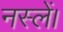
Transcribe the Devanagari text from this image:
नस्लें।